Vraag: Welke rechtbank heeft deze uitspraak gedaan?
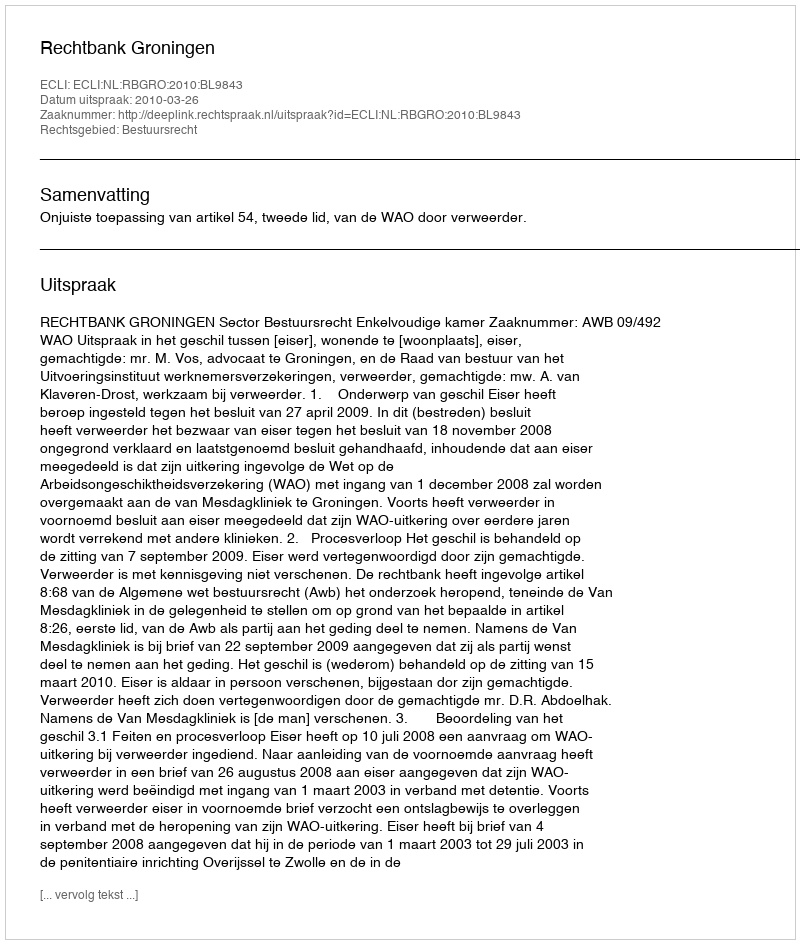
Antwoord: Rechtbank Groningen